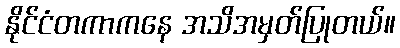
နိုင်ငံတကာကနေ အသိအမှတ်ပြုတယ်။